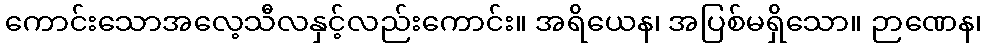
ကောင်းသောအလေ့သီလနှင့်လည်းကောင်း။ အရိယေန၊ အပြစ်မရှိသော။ ဉာဏေန၊